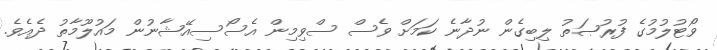
ވޯޓުލުމުގެ ފުރުޞަތު ލިބިގެން ނުދާނެ ކަމަށް ވެސް ސްވިމިން އެސޯސިއޭޝާނުން މައުލޫމާތު ދެއެވެ.